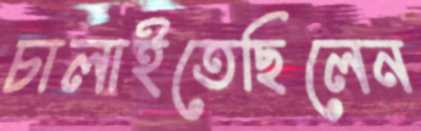
চালাইতেছিলেন